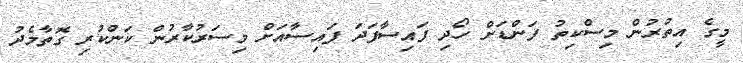
މީގެ އިތުރުން މިސްކިތު ފަންޑަށް ހޯދި ފައިސާފަދަ ފައިސާއަށް މިސަރުކާރުން ކަންކުރި ގޮތާމެދު